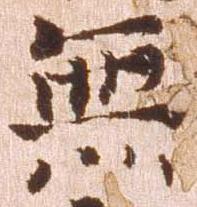
無